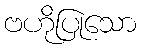
ဗဟိုပြုသော